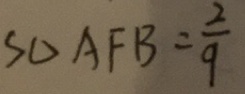
S _ { \Delta } A F B = \frac { 2 } { 9 }